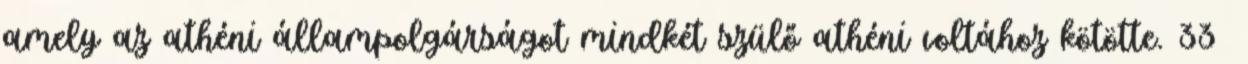
amely az athéni állampolgárságot mindkét szülő athéni voltához kötötte. 33